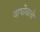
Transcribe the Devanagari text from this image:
वाघोबाचे